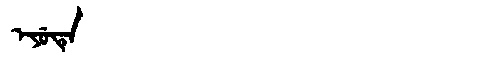
Manchu: ᡝᠶᡠᡨᡝ
Romanization: EYUTE